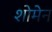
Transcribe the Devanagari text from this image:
शोमेन